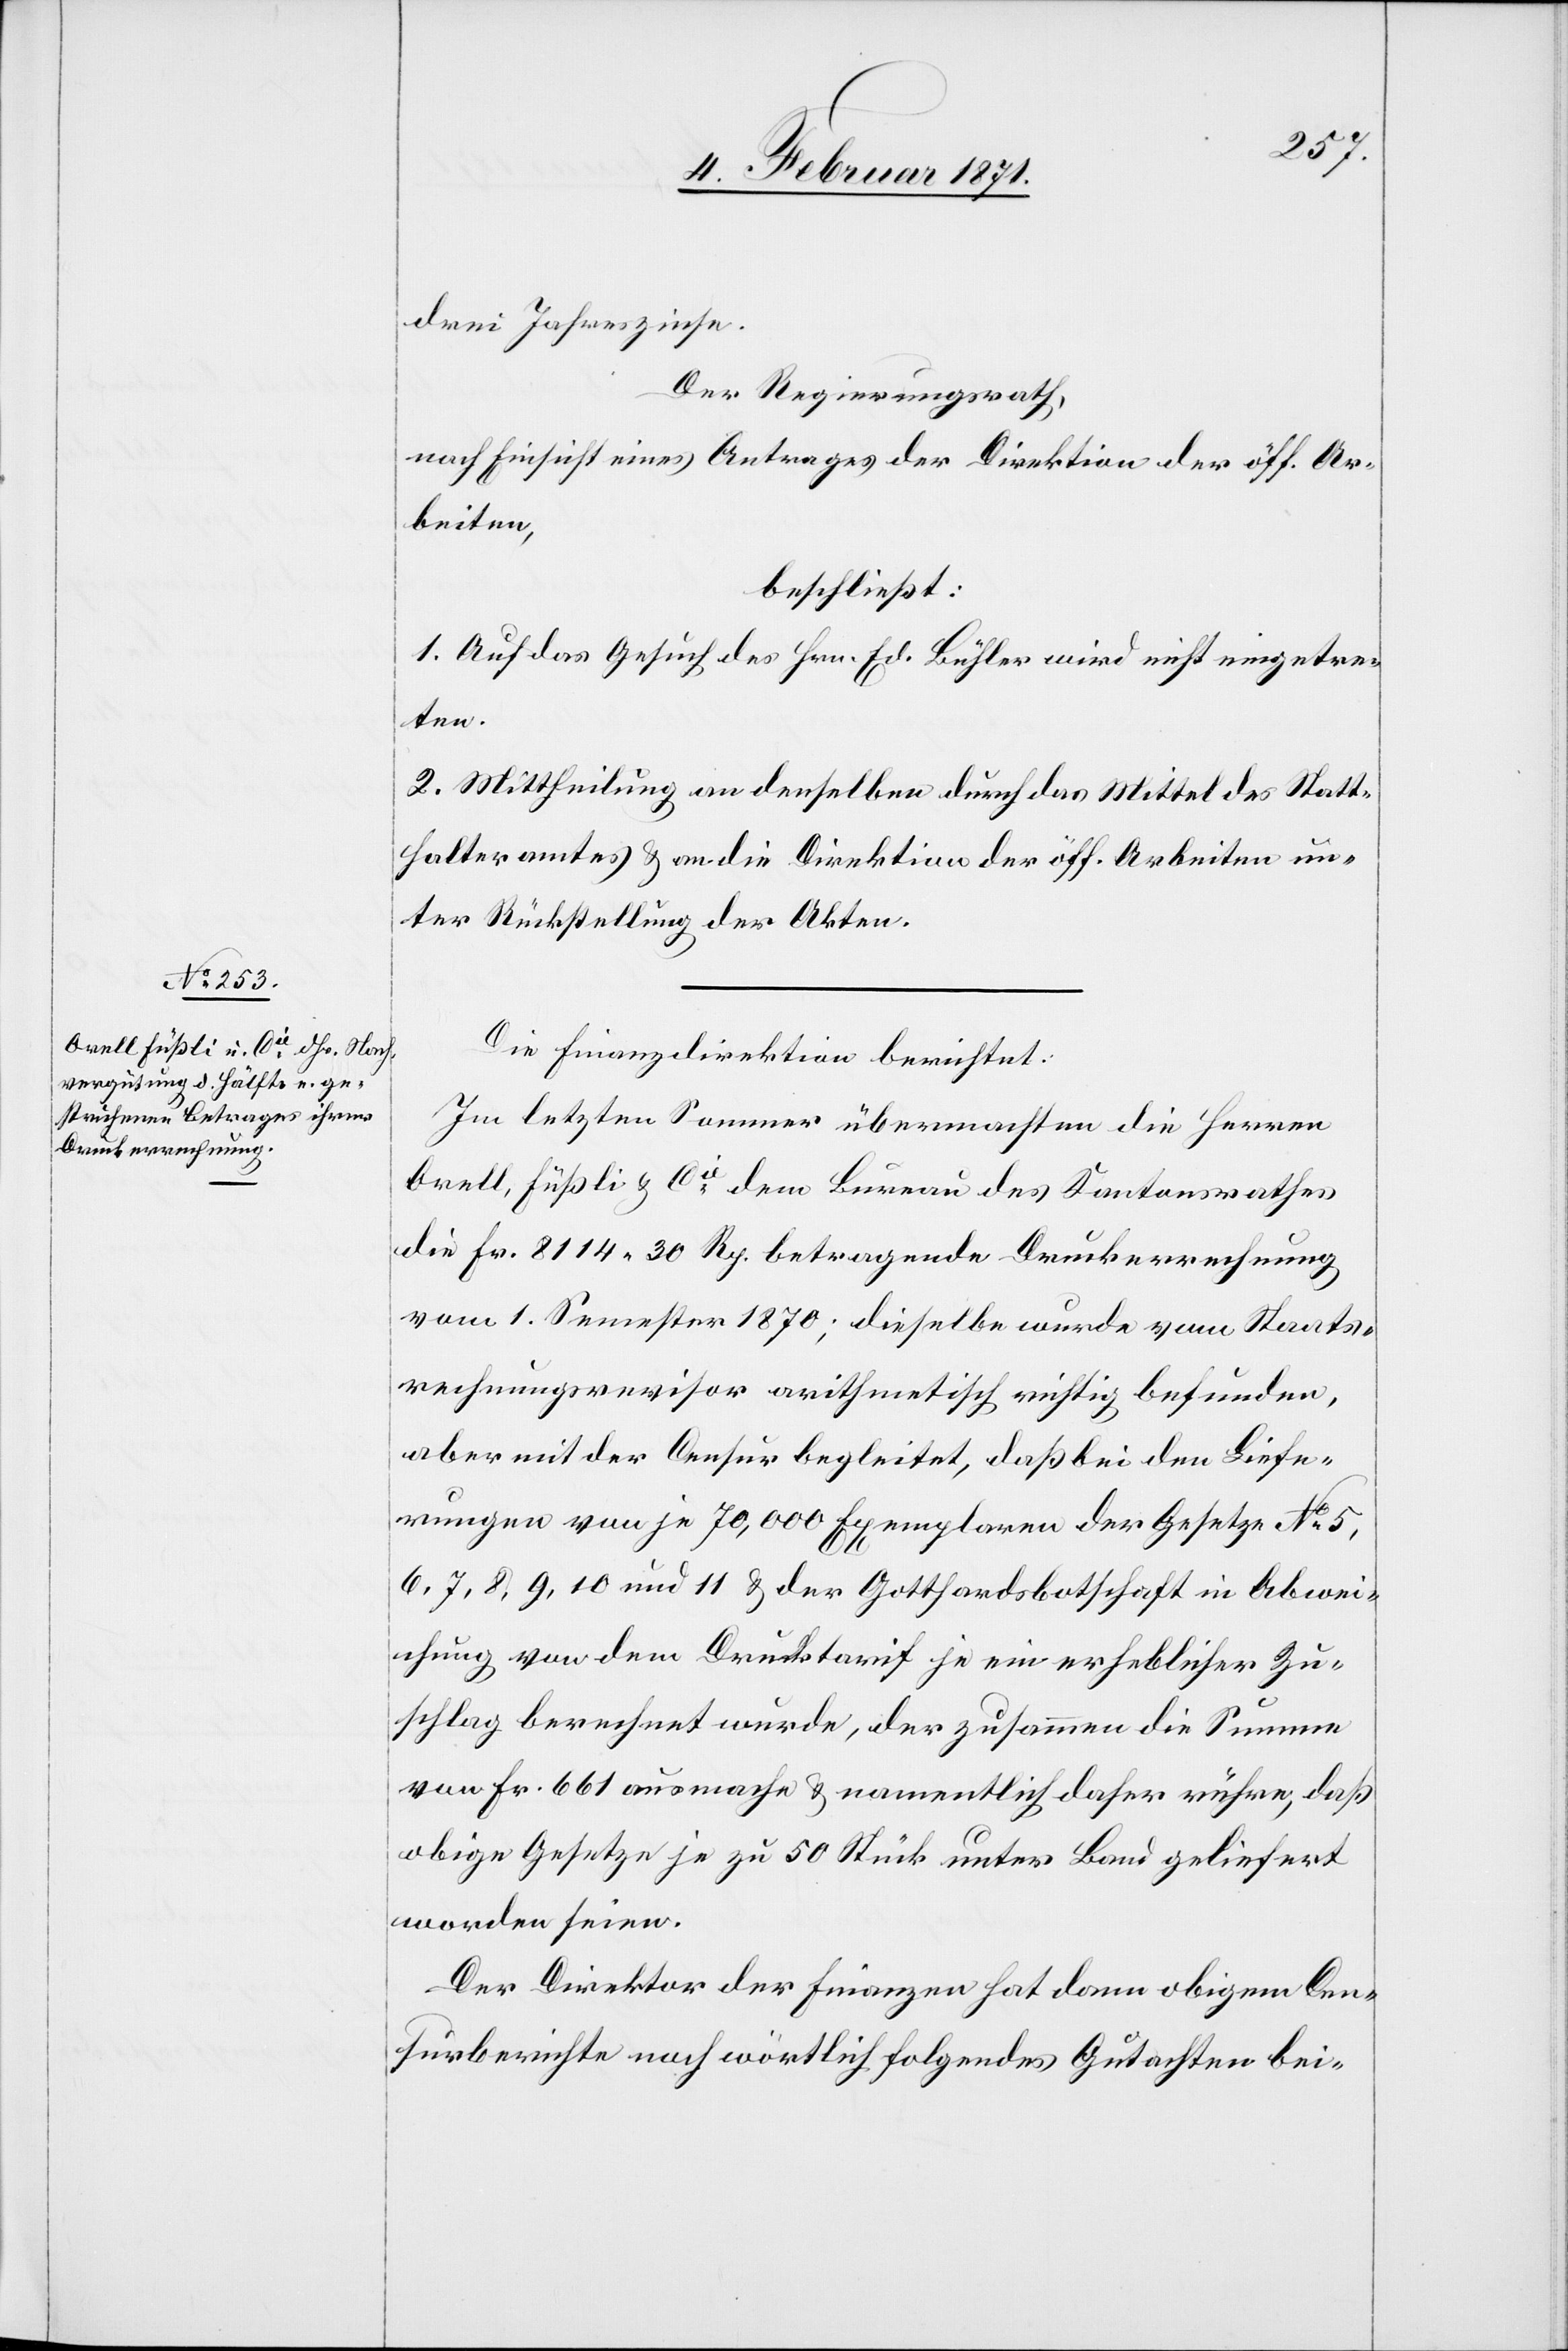
drei Jahreszinse.
Der Regierungsrath,
nach Einsicht eines Antrages der Direktion der öff. Ar¬
beiten,
beschließt:
1. Auf das Gesuch des Hrn. Ed. Bühler wird nicht eingetre¬
ten.
2. Mittheilung an denselben durch das Mittel des Statt¬
halteramtes u. an die Direktion der öff. Arbeiten un¬
ter Rückstellung der Akten.
Die Finanzdirektion berichtet:
Im letzten Sommer übermachten die Herren
Orell, Füßli & Cie. dem Bureau des Kantonsrathes
die Fr. 8114.30 Rp. betragende Druckerrechnung
vom 1. Semester 1870; dieselbe wurde vom Staats¬
rechnungsrevisor arithmetisch richtig befunden,
aber mit der Censur begleitet, daß bei den Liefe¬
rungen von je 70,000 Exemplaren der Gesetze No. 5,
6, 7, 8, 9, 10 und 11 u. der Gotthardsbotschaft in Abwei¬
chung von dem Drucktarif je ein erheblicher Zu¬
schlag berechnet wurde, der zusammen die Summe
von Fr. 661 ausmache u. namentlich daher rühre, daß
obige Gesetze je zu 50 Stück unter Band geliefert
worden seien.
Der Direktor der Finanzen hat dann obigem Cen¬
surberichte noch wörtlich folgendes Gutachten bei-